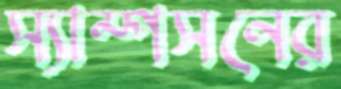
স্যাম্পসনের